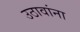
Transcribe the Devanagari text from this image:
उठावांना